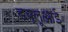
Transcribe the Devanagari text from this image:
डब्लूआई